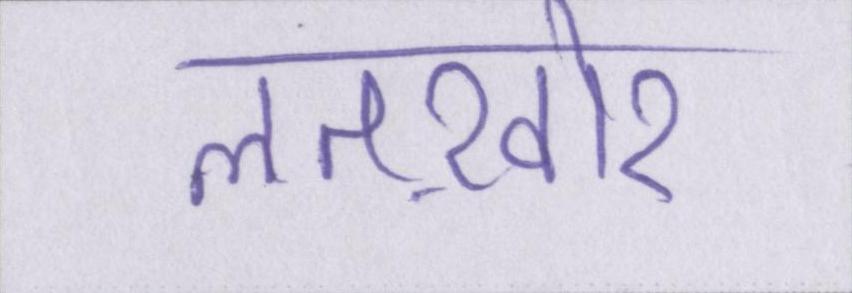
लतख़ोर